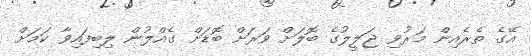
އޭގެ ތެރެއިން މަރުވި ޖަލީލުގެ ބޮލަށް ވަރަށް ބޮޑަށް ގެއްލުން ލިބިފައިވާ ކަމަށް